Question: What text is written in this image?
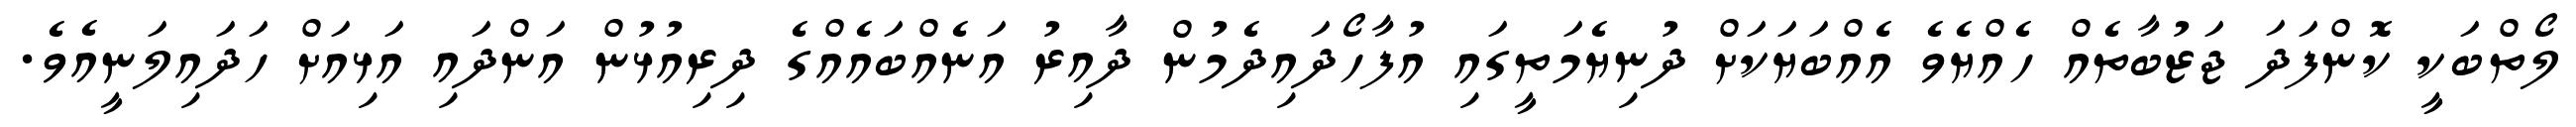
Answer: ލޯތްބަކީ ކޮންފަދަ ޖަޒުބާތެއް ހެއްޔެވެ އެއްބަޔަކަށް ދުނިޔެމަތީގައި އުފާހޯދައިދެމުން ދާއިރު އަނެއްބައެއްގެ ދިރިއުޅުން އަންދައި އަޅިއަށް ހަދައިލަނީއެވެ.